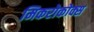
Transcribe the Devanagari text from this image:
मिकरोकोक्स